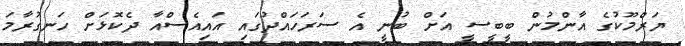
ޔަރްމޫކުގެ އާންމުން ބީބީސީ އަށް ބުނީ އެ ސަރަހައްދުގައި އައިއެސްއާ ދެކޮޅަށް ހަނގުރާމަ